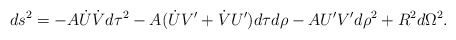
\begin{align*}ds^2 = -A\dot{U}\dot{V}d\tau^2 - A(\dot{U}V'+\dot{V}U')d\tau d\rho - AU'V'd\rho^2 + R^2d\Omega^2.\end{align*}